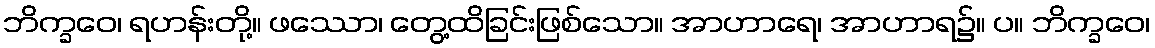
ဘိက္ခဝေ၊ ရဟန်းတို့။ ဖဿော၊ တွေ့ထိခြင်းဖြစ်သော။ အာဟာရေ၊ အာဟာရ၌။ ပ။ ဘိက္ခဝေ၊